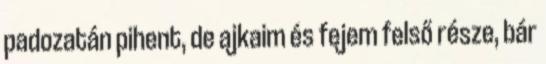
padozatán pihent, de ajkaim és fejem felső része, bár